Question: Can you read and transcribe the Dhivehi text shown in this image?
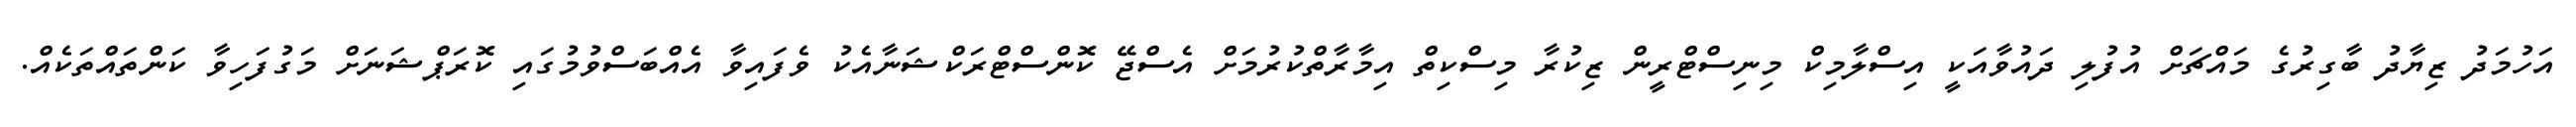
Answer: އަހުމަދު ޒިޔާދު ބާގިރުގެ މައްޗަށް އުފުލި ދައުވާއަކީ އިސްލާމިކް މިނިސްޓްރީން ޒިކުރާ މިސްކިތް އިމާރާތްކުރުމަށް އެސްޖޭ ކޮންސްޓްރަކްޝަނާއެކު ވެފައިވާ އެއްބަސްވުމުގައި ކޮރަޕްޝަނަށް މަގުފަހިވާ ކަންތައްތަކެއް.